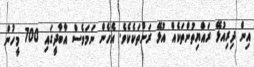
އިން ދިރިއުޅޭ ރައްޔިތުންތަކެއް އުޅޭ ރަށްތަކެކެވެ. އެހެން ނަމަވެސް އާބާދީގައި 700 މީހުން